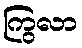
ကြွလာ